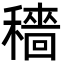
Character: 穡